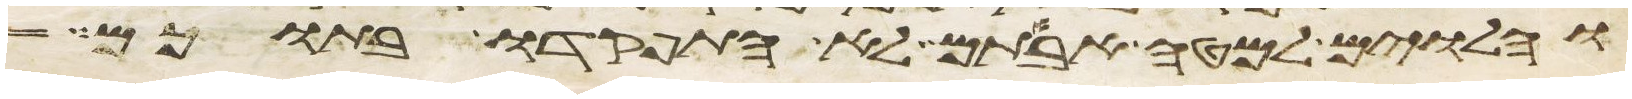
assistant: והלוים למטה אבותם לא התפקדו בתוכם